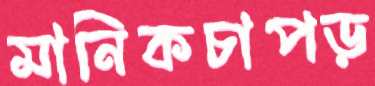
মানিকচাপড়